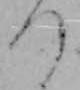
つ